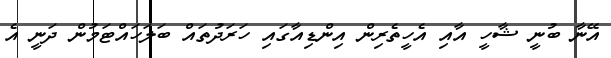
އޭނާ ބުނީ ޝާހީ އާއި އެހީތެރިން އިންޑިއާގައި ހަރަދުތައް ބަލަހައްޓަމުން ދަނީ އެ